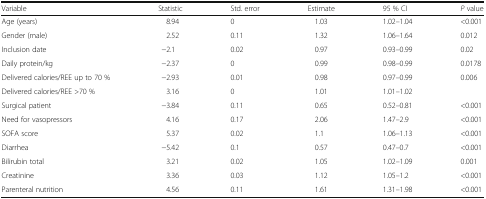
<table><thead><tr><td><b>Variable</b></td><td><b>Statistic</b></td><td><b>Std. error</b></td><td><b>Estimate</b></td><td><b>95 % CI</b></td><td><b><i>P</i> value</b></td></tr></thead><tbody><tr><td>Age (years)</td><td>8.94</td><td>0</td><td>1.03</td><td>1.02–1.04</td><td>&lt;0.001</td></tr><tr><td>Gender (male)</td><td>2.52</td><td>0.11</td><td>1.32</td><td>1.06–1.64</td><td>0.012</td></tr><tr><td>Inclusion date</td><td>−2.1</td><td>0.02</td><td>0.97</td><td>0.93–0.99</td><td>0.02</td></tr><tr><td>Daily protein/kg</td><td>−2.37</td><td>0</td><td>0.99</td><td>0.98–0.99</td><td>0.0178</td></tr><tr><td>Delivered calories/REE up to 70 %</td><td>−2.93</td><td>0.01</td><td>0.98</td><td>0.97–0.99</td><td rowspan="2">0.006</td></tr><tr><td>Delivered calories/REE &gt;70 %</td><td>3.16</td><td>0</td><td>1.01</td><td>1.01–1.02</td></tr><tr><td>Surgical patient</td><td>−3.84</td><td>0.11</td><td>0.65</td><td>0.52–0.81</td><td>&lt;0.001</td></tr><tr><td>Need for vasopressors</td><td>4.16</td><td>0.17</td><td>2.06</td><td>1.47–2.9</td><td>&lt;0.001</td></tr><tr><td>SOFA score</td><td>5.37</td><td>0.02</td><td>1.1</td><td>1.06–1.13</td><td>&lt;0.001</td></tr><tr><td>Diarrhea</td><td>−5.42</td><td>0.1</td><td>0.57</td><td>0.47–0.7</td><td>&lt;0.001</td></tr><tr><td>Bilirubin total</td><td>3.21</td><td>0.02</td><td>1.05</td><td>1.02–1.09</td><td>0.001</td></tr><tr><td>Creatinine</td><td>3.36</td><td>0.03</td><td>1.12</td><td>1.05–1.2</td><td>&lt;0.001</td></tr><tr><td>Parenteral nutrition</td><td>4.56</td><td>0.11</td><td>1.61</td><td>1.31–1.98</td><td>&lt;0.001</td></tr></tbody></table>